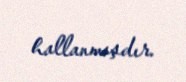
hallanmışdır.